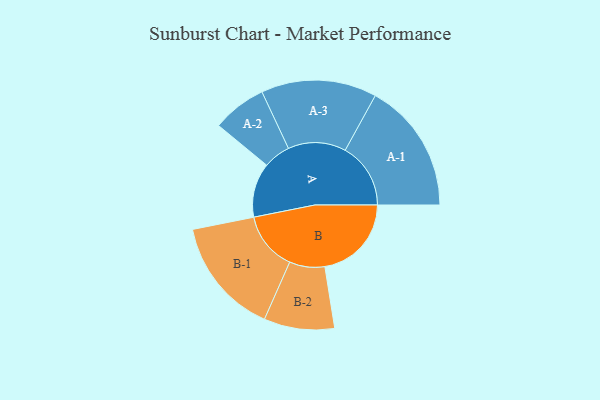
{"axis": {"x": "Segment", "y": "Value"}, "legend": ["", "A", "B"], "data": [{"x": "A", "y": 234, "type": ""}, {"x": "B", "y": 373, "type": ""}, {"x": "A-1", "y": 282, "type": "A"}, {"x": "A-2", "y": 117, "type": "A"}, {"x": "A-3", "y": 249, "type": "A"}, {"x": "B-1", "y": 253, "type": "B"}, {"x": "B-2", "y": 152, "type": "B"}]}